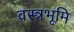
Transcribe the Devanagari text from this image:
वस्त्रभूमि